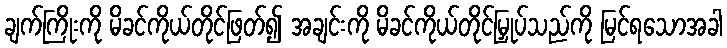
ချက်ကြိုးကို မိခင်ကိုယ်တိုင်ဖြတ်၍ အချင်းကို မိခင်ကိုယ်တိုင်မြှုပ်သည်ကို မြင်ရသောအခါ